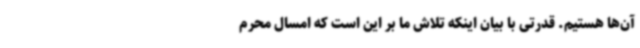
آن‌ها هستیم. قدرتی با بیان اینکه تلاش ما بر این است که امسال محرم